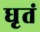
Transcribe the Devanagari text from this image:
धृतं